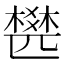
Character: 𣛍